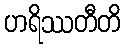
ဟရိဿတီတိ